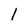
Character: 1